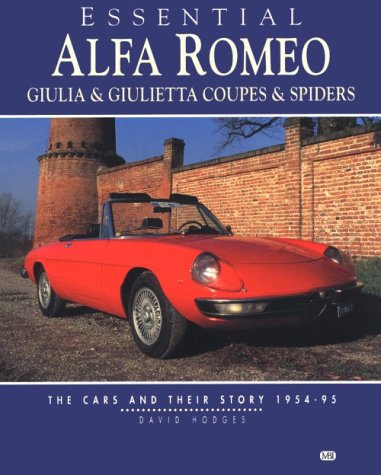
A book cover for Essential Alfa Romeo Giulia & Giulietta Coupes & Spiders: The Cars and Their Story 1954-95; David Hodges; Engineering & Transportation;